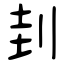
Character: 刲